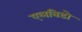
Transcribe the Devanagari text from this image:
एलबिडो